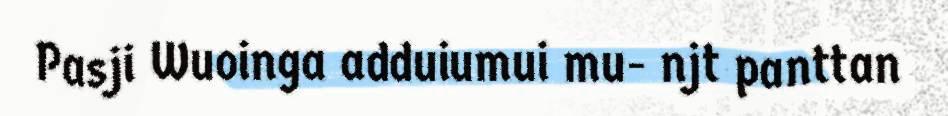
Pasji Wuoinga adduiumui mu- njt panttan